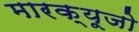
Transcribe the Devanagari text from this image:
मारक्यूजो